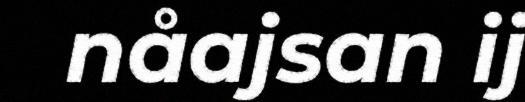
nåajsan ij